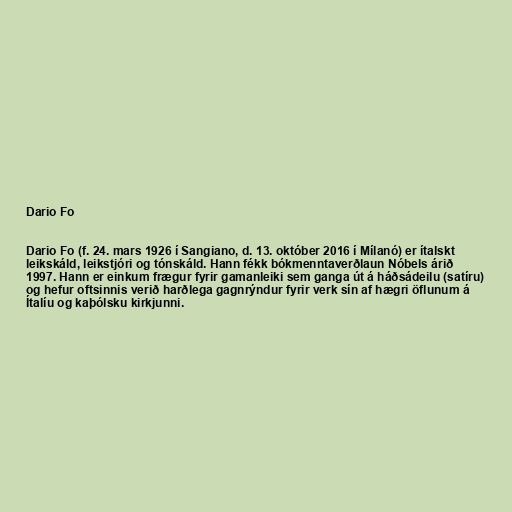
Dario Fo

Dario Fo (f. 24. mars 1926 í Sangiano, d. 13. október 2016 í Mílanó) er ítalskt
leikskáld, leikstjóri og tónskáld. Hann fékk bókmenntaverðlaun Nóbels árið
1997. Hann er einkum frægur fyrir gamanleiki sem ganga út á háðsádeilu (satíru)
og hefur oftsinnis verið harðlega gagnrýndur fyrir verk sín af hægri öflunum á
Ítalíu og kaþólsku kirkjunni.